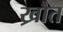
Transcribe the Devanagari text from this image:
ख्रौत